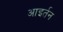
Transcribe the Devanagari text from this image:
आइर्तन